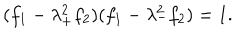
( f _ { 1 } - \lambda _ { + } ^ { 2 } f _ { 2 } ) ( f _ { 1 } - \lambda _ { - } ^ { 2 } f _ { 2 } ) = 1 .